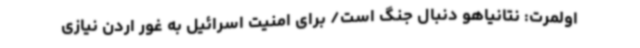
اولمرت: نتانیاهو دنبال جنگ‌ است/ برای امنیت اسرائیل به غور اردن نیازی